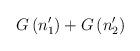
LaTeX: \begin{align*}G\left( n_1^{\prime }\right) +G\left( n_2^{\prime }\right)\end{align*}